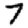
Digit: 7